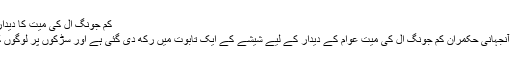
کِم جونگ اِل کی میت کا دیدار عام | حالات حاضرہ | DW | 20.12.2011
شمالی کوریا کے دارالحکومت پیونگ یانگ میں آنجہانی حکمران کِم جونگ اِل کی میت عوام کے دیدار کے لیے شیشے کے ایک تابوت میں رکھ دی گئی ہے اور سڑکوں پر لوگوں کی بڑی تعداد ان کے انتقال پر ماتم کر رہی ہے۔